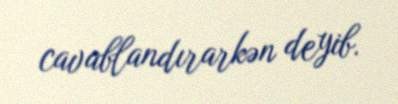
cavablandırarkən deyib.